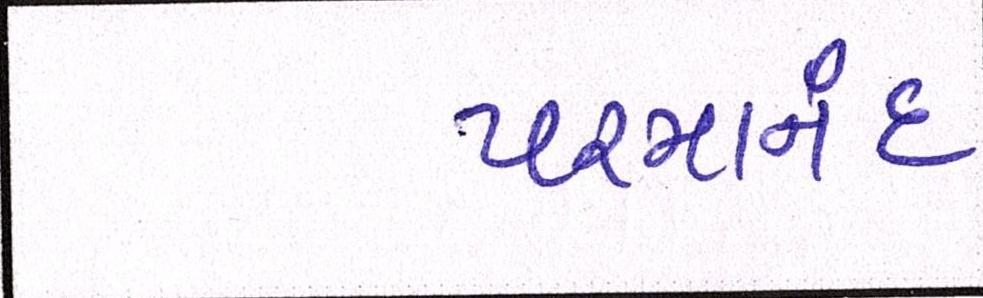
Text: પરમાનંદ